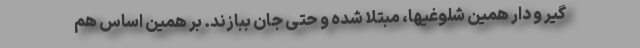
گیر و دار همین شلوغیها، مبتلا شده و حتی جان ببازند. بر همین اساس هم